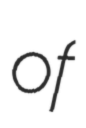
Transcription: of